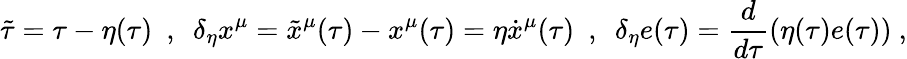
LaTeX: \tilde{\tau}=\tau-\eta(\tau)\ \ ,\ \ \delta_{\eta}x^{\mu}=\tilde{x}^{\mu}(\tau)-x^{\mu}(\tau)=\eta\dot{x}^{\mu}(\tau)\ \ ,\ \ \delta_{\eta}e(\tau)=\frac{d}{d\tau}\left(\eta(\tau)e(\tau)\right)\ ,